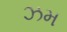
ઝમ